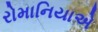
રોમાનિયાએ